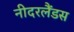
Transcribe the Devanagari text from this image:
नीदरलैंडस